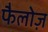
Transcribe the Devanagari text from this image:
फैलोज़